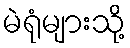
မဲရုံများသို့